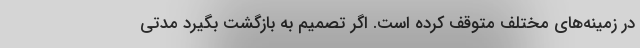
در زمینه‌های مختلف متوقف کرده است. اگر تصمیم به بازگشت بگیرد مدتی